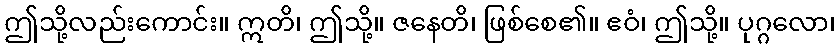
ဤသို့လည်းကောင်း။ ဣတိ၊ ဤသို့။ ဇနေတိ၊ ဖြစ်စေ၏။ ဧဝံ၊ ဤသို့။ ပုဂ္ဂလော၊